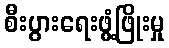
စီးပွားရေးဖွံ့ဖြိုးမှု